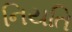
નિયતિ